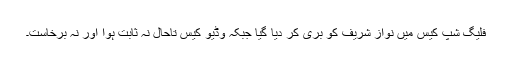
فلیگ شپ کیس میں نواز شریف کو بری کر دیا گیا جبکہ وڈیو کیس تاحال نہ ثابت ہوا اور نہ برخاست۔